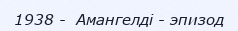
1938 -  Амангелді - эпизод